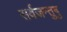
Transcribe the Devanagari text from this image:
सर्वजन्तुषु